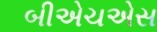
બીએચએસ